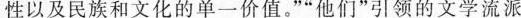
性以及民族和文化的单一价值。””他们”引领的文学流派